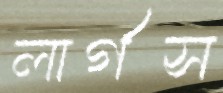
লার্গস